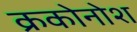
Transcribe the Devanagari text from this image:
क्रकोनोश